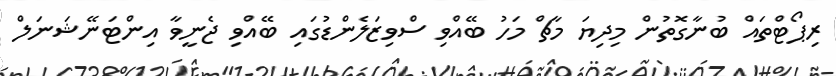
ރިޕޯޓްތައް ބުނާގޮތުން މިދިޔަ މާޗް މަހު ބޭއްވި ސްވިޒަލެންޑުގައި ބޭއްވި ޖެނީވާ އިންޓަނޭޝަނަލް